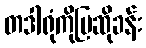
တဒါရုံကိုပြဆိုခန်း